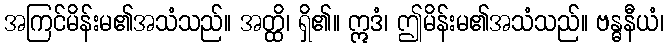
အကြင်မိန်းမ၏အသံသည်။ အတ္ထိ၊ ရှိ၏။ ဣဒံ၊ ဤမိန်းမ၏အသံသည်။ ဗန္ဓနီယံ၊